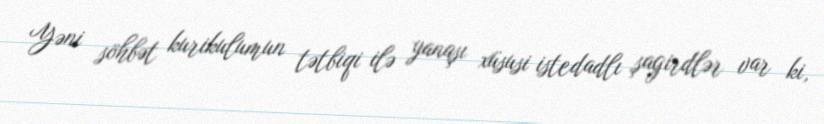
Yəni söhbət kurikulumun tətbiqi ilə yanaşı xüsusi istedadlı şagirdlər var ki,